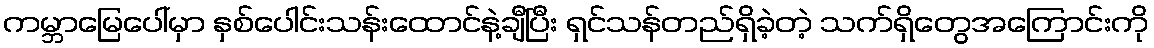
ကမ္ဘာမြေပေါ်မှာ နှစ်ပေါင်းသန်းထောင်နဲ့ချီပြီး ရှင်သန်တည်ရှိခဲ့တဲ့ သက်ရှိတွေအကြောင်းကို